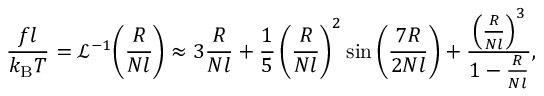
{ \frac { f l } { k _ { \mathrm { B } } T } } = { \mathcal { L } } ^ { - 1 } { \left( { \frac { R } { N l } } \right) } \approx 3 { \frac { R } { N l } } + { \frac { 1 } { 5 } } \left( { \frac { R } { N l } } \right) ^ { 2 } \sin \left( { \frac { 7 R } { 2 N l } } \right) + { \frac { \left( { \frac { R } { N l } } \right) ^ { 3 } } { 1 - { \frac { R } { N l } } } } ,